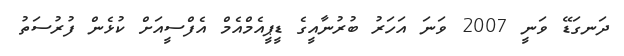
ދަނގަޑޭ ވަނީ 2007 ވަނަ އަހަރު ބުރުނާއީގެ ޑީޕީއެމްއެމް އެފްސީއަށް ކުޅެން ފުރުސަތު